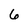
Character: 6